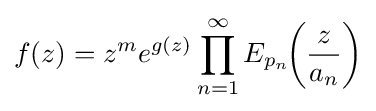
f(z)=z^{m}e^{g(z)}\prod _{n=1}^{\infty }E_{p_{n}}\!\!\left({\frac {z}{a_{n}}}\right)